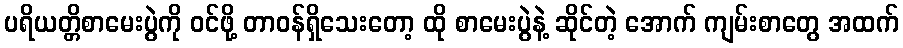
ပရိယတ္တိစာမေးပွဲကို ဝင်ဖို့ တာဝန်ရှိသေးတော့ ထို စာမေးပွဲနဲ့ ဆိုင်တဲ့ အောက် ကျမ်းစာတွေ အထက်